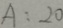
A : 2 0